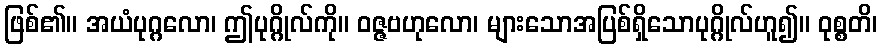
ဖြစ်၏။ အယံပုဂ္ဂလော၊ ဤပုဂ္ဂိုလ်ကို။ ဝဇ္ဇဗဟုလော၊ များသောအပြစ်ရှိသောပုဂ္ဂိုလ်ဟူ၍။ ဝုစ္စတိ၊